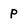
Character: p